Vana-Kasaritsa_(Kasaritsa)_vallavalitsus, lk 18
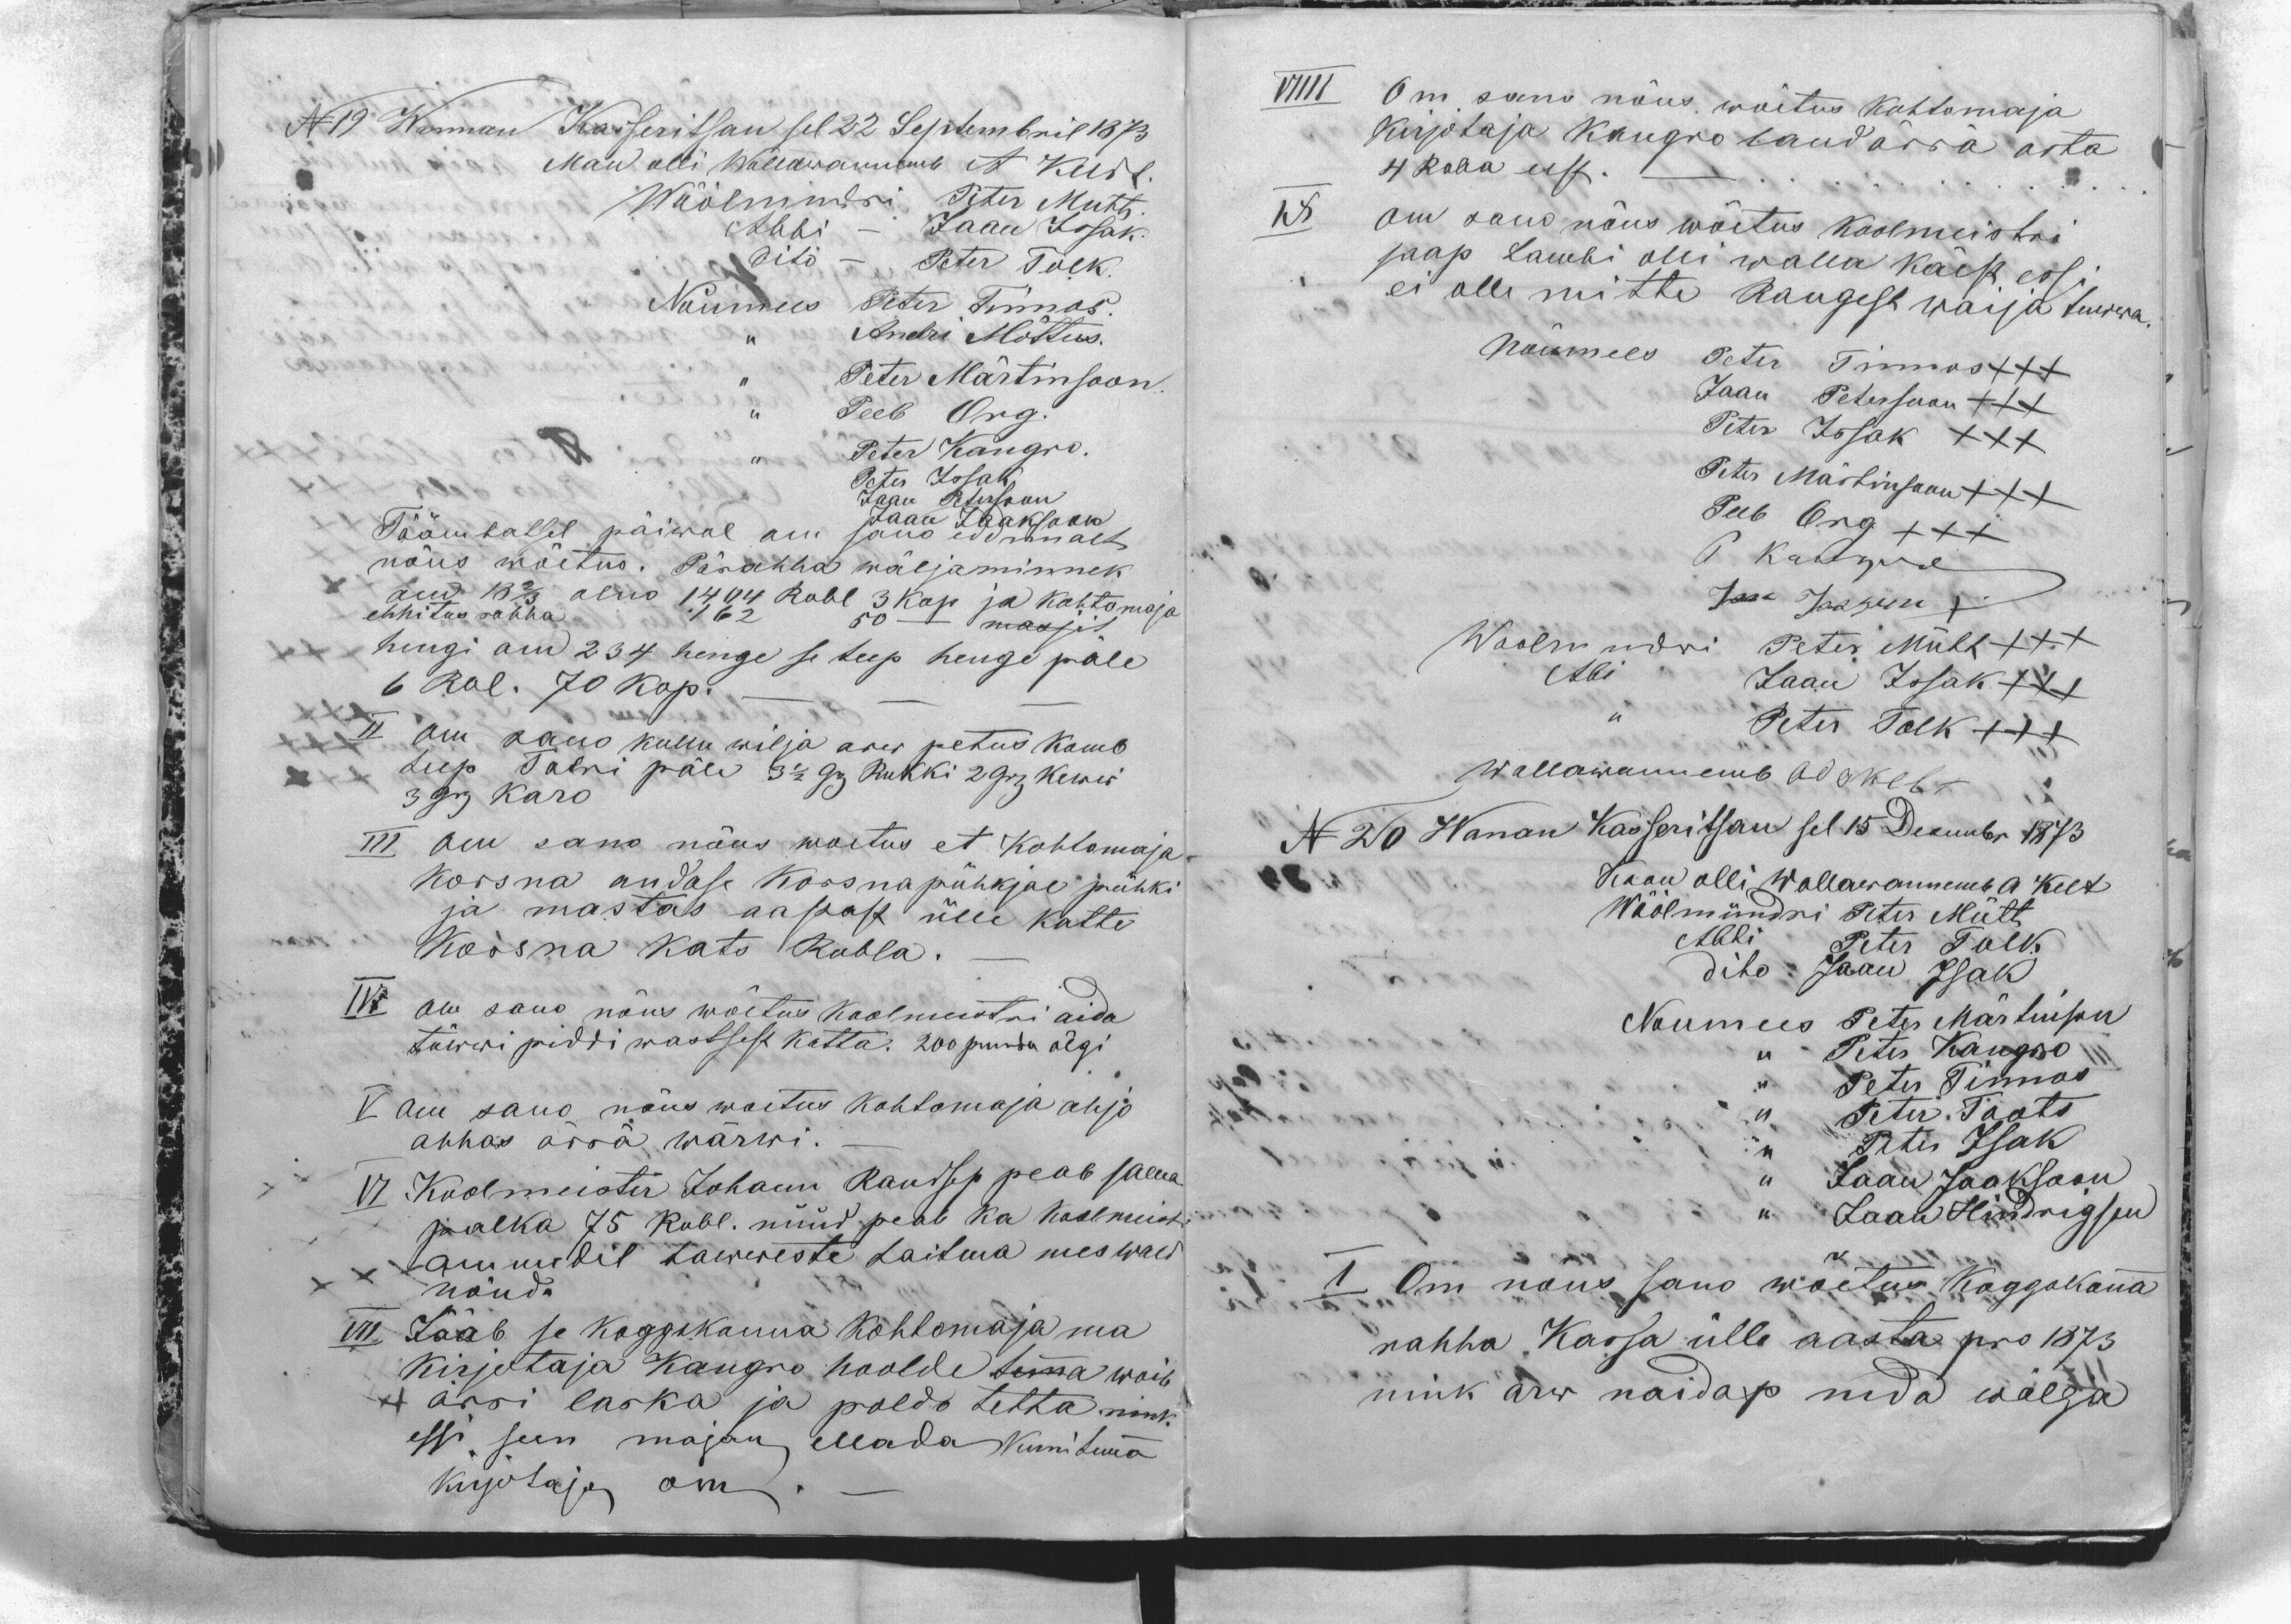
N19 Wannan Kasseritsan sel 22 Septembril 1873
Man olli Wallawannemb A Keldt.
Wöölmndri Peter Mutt.
Abbi - Jaan Issak.
dito - Peter Tolk.
Noumees Peter Tinnos.
,, Andri Mõttus.
,, Peter Märtinsoon.
,, Peeb Org.
,, Peter Kangro.
Peter Issak
Jaan Petersoon
Jaan Jaaksoon
Täämbatsel päiwal om sano eddemalt
nõus wõetus. Pärahha wäljaminnek
om 18 2/3 olno 1404 Rubl 3 kop ja kohtomoja
ehhitus rahha 162 50 - massit.
hengi om 234 henge se teep henge päle
6 Rbl. 70 kop. - - -
II om sano kullu wilja arw petus kamb
teep Talri päle 3 1/2 Grj Rukki 2 Grj 9 1/3 kewwi
3 Grj Karo
III om sano nõus woetus et Kohtomaja
Korsna andase Korsnapühkjal pühki
ja mastas aastast ülle katte
Korsna kats Rubla._
IV om sano nõus wõetus koolmeistri aida
täwwi piddi wastsest katta. 200 puuta õlgi
V om sano nõus woetus kohtomaja ahjo
ahhas ärra wärwi._
VI Koolmeister Johann Raudsep peab sama
palka 75 Rubl. nüüd peab ka Koolmeistri
ammedit tawweste hoitma mes wald
nõuda
VII Jääb se koggokonna kohtomaja ma
kirjutaja Kangro hoolde temma woib
ärri laska ja poldo tetta nink
essi seen majan ellada kuni temma
kirjotaja om. -

VIIII Om sano nõus wõetus Kohtomaja
kirjotaja Kangro laud ärra osta
4 Raha eest. - ....
IX om sano nõus wõetus koolmeistri
saap Lambi olli walla käest essi
ei olle mitte kaugest waija tuwwa.
Nõumees Peter Tinnos XXX
Jaan Petersoon XXX
Peter Issak XXX
Peter Märtinsoon XXX
Peeb Org XXX
P Kangro
Jaan Jaason X
Woolmndri Peter Mütt XXX
Abbi Jaan Issak XXX
,, Peter Tolk XXX
Wallawannemb Ado Kelt
N 20 Wanan Kasseritsan sel 15 Decembr 1873
Koon olli Wallawannemb A Kelt
Wöölmündri Peter Mütt
Abbi Peter Tolk
dito Jaan Isak
Noumees Peter Märtinson
,, Peter Kangro
,, Peter Tinnos
,, Peter Toots
,, Peter Isak
,, Jaan Jaaksoon
,, Jaan Hindrigson
I Om nõus sano wõetus Koggokonna
rahha Kassa ülle aasta pro 1873
nink arw naidap nida wõlga